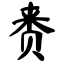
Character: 赉